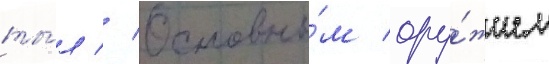
ты́л // Основны́м ору́жием